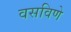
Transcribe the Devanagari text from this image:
वसविणे